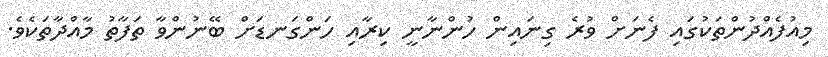
މިއުފެއްދުންތަކުގައި ފެނަށް ވުރެ ގިނައިން ހުންނާނީ ކިރާއި ހަންގަނޑަށް ބޭނުންވާ ތަފާތު މާއްދާތަކެވެ.